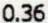
0.36